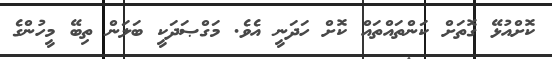
ކޮށްއުޅޭ ގޮތަށް ކަންތައްތައް ކޮށް ހަދަނީ އެވެ. މަގްޞަދަކީ ބަލަން ތިބޭ މީހުންގެ